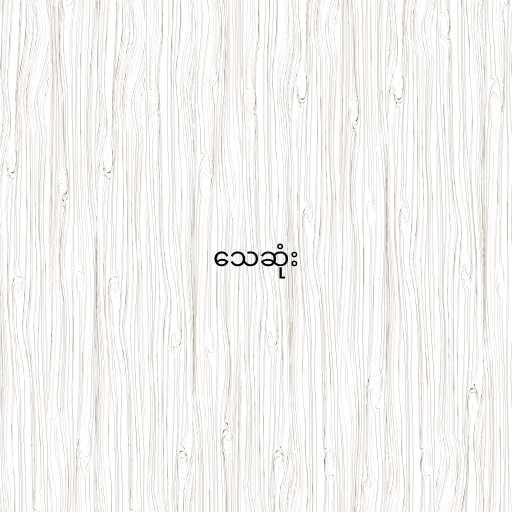
သေဆုံး